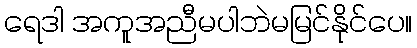
ရေဒါ အကူအညီမပါဘဲမမြင်နိုင်ပေ။